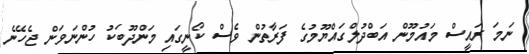
ނަމަ ރައީސް މައުމޫން އަބްދުލްގައްޔޫމުގެ ފަރާތުން ވެސް ކޯނީގައި މަންދޫބަކު ހުންނަވަން ޖެހޭނެ